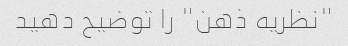
"نظریه ذهن" را توضیح دهید